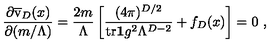
{ \frac { \partial \overline { { \mathrm { \Large v } } } _ { D } ( x ) } { \partial ( m / \Lambda ) } } = { \frac { 2 m } { \Lambda } } \left[ { \frac { ( 4 \pi ) ^ { D / 2 } } { { \mathrm { t r } } { \bf 1 } g ^ { 2 } \Lambda ^ { D - 2 } } } + f _ { D } ( x ) \right] = 0 \ ,